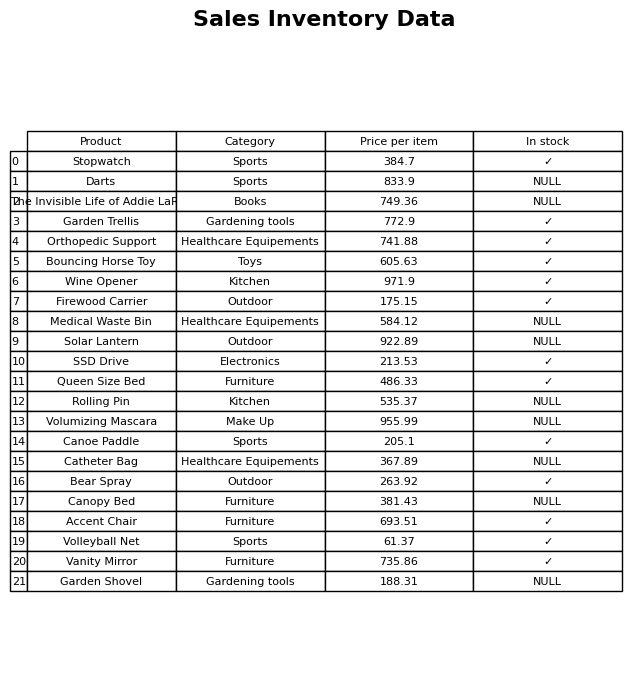
question: What is the price for Firewood Carrier?
answer: The price of Firewood Carrier is 175.15.